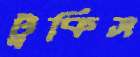
টুকিস